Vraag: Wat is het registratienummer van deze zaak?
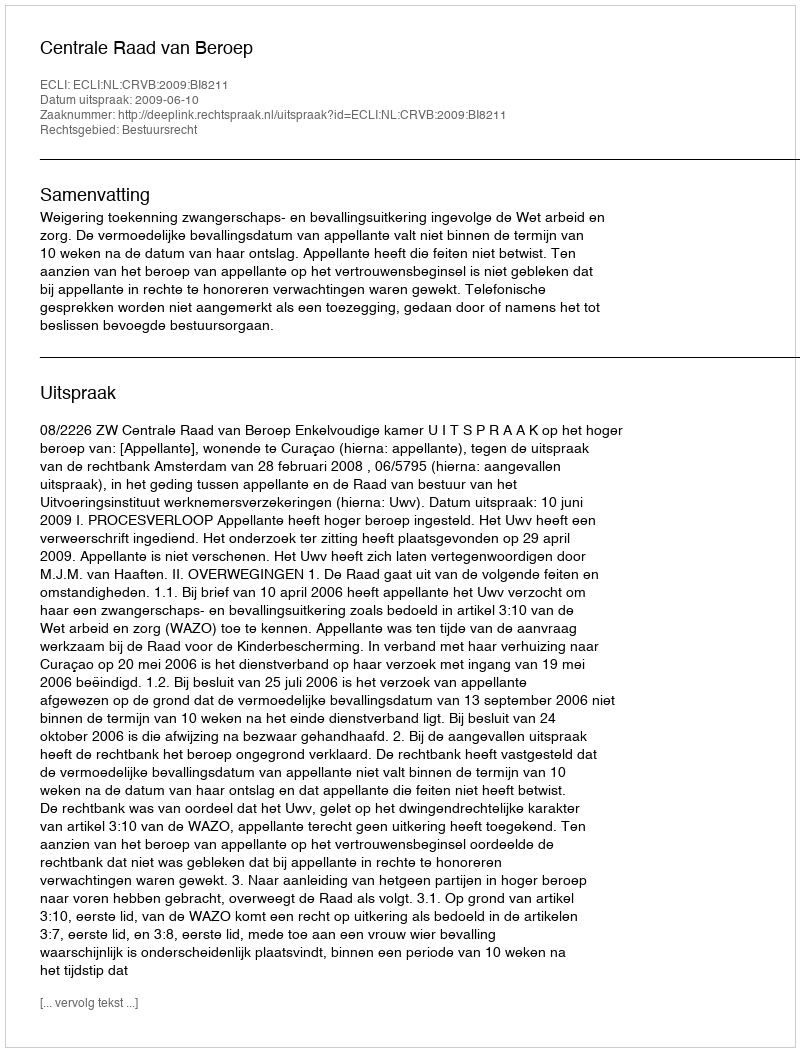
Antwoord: http://deeplink.rechtspraak.nl/uitspraak?id=ECLI:NL:CRVB:2009:BI8211